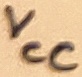
Text: VCC